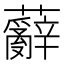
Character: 𮓑